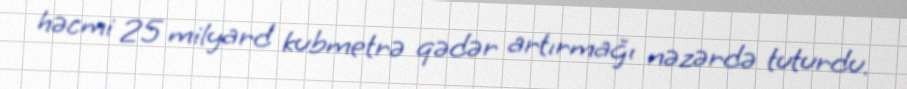
həcmi 25 milyard kubmetrə qədər artırmağı nəzərdə tuturdu.